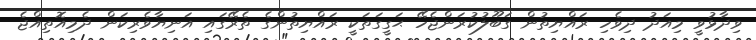
ވިދާޅުވީ މިއަދު ދިވެހި ރައްޔިތުން ގަބޫލުކުރަންޖެހޭ ޙަގީގަތަކީ ރައްޔިތުންގެ ތެރޭގައި އަނިޔާވެރިކަން ދެމިއޮތިއްޖެ